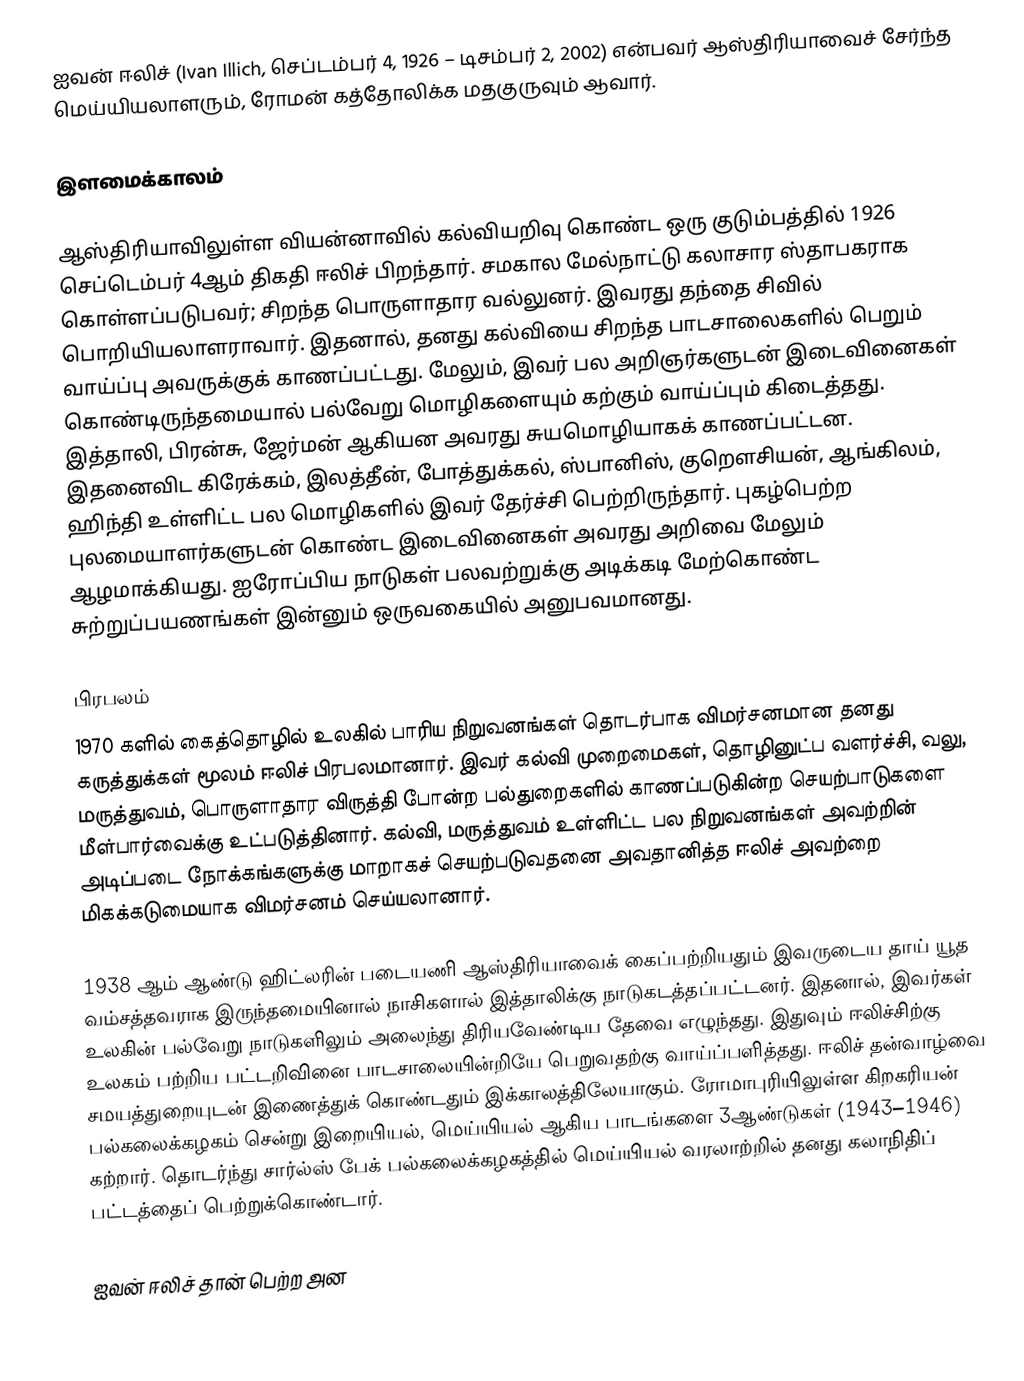
ஐவன் ஈலிச் (Ivan Illich, செப்டம்பர் 4, 1926 – டிசம்பர் 2, 2002) என்பவர் ஆஸ்திரியாவைச் சேர்ந்த மெய்யியலாளரும், ரோமன் கத்தோலிக்க மதகுருவும் ஆவார்.

இளமைக்காலம்

ஆஸ்திரியாவிலுள்ள வியன்னாவில் கல்வியறிவு கொண்ட ஒரு குடும்பத்தில் 1926 செப்டெம்பர் 4ஆம் திகதி ஈலிச் பிறந்தார். சமகால மேல்நாட்டு கலாசார ஸ்தாபகராக கொள்ளப்படுபவர்; சிறந்த பொருளாதார வல்லுனர். இவரது தந்தை சிவில் பொறியியலாளராவார். இதனால், தனது கல்வியை சிறந்த பாடசாலைகளில் பெறும் வாய்ப்பு அவருக்குக் காணப்பட்டது. மேலும், இவர் பல அறிஞர்களுடன் இடைவினைகள் கொண்டிருந்தமையால் பல்வேறு மொழிகளையும் கற்கும் வாய்ப்பும் கிடைத்தது. இத்தாலி, பிரன்சு, ஜேர்மன் ஆகியன அவரது சுயமொழியாகக் காணப்பட்டன. இதனைவிட கிரேக்கம், இலத்தீன், போத்துக்கல், ஸ்பானிஸ், குறௌசியன், ஆங்கிலம், ஹிந்தி உள்ளிட்ட பல மொழிகளில் இவர் தேர்ச்சி பெற்றிருந்தார். புகழ்பெற்ற புலமையாளர்களுடன் கொண்ட இடைவினைகள் அவரது அறிவை மேலும் ஆழமாக்கியது. ஐரோப்பிய நாடுகள் பலவற்றுக்கு அடிக்கடி மேற்கொண்ட சுற்றுப்பயணங்கள் இன்னும் ஒருவகையில் அனுபவமானது.

பிரபலம்
1970 களில் கைத்தொழில் உலகில் பாரிய நிறுவனங்கள் தொடர்பாக விமர்சனமான தனது கருத்துக்கள் மூலம் ஈலிச் பிரபலமானார். இவர் கல்வி முறைமைகள், தொழினுட்ப வளர்ச்சி, வலு, மருத்துவம், பொருளாதார விருத்தி போன்ற பல்துறைகளில் காணப்படுகின்ற செயற்பாடுகளை மீள்பார்வைக்கு உட்படுத்தினார். கல்வி, மருத்துவம் உள்ளிட்ட பல நிறுவனங்கள் அவற்றின் அடிப்படை நோக்கங்களுக்கு மாறாகச் செயற்படுவதனை அவதானித்த ஈலிச் அவற்றை மிகக்கடுமையாக விமர்சனம் செய்யலானார்.

1938 ஆம் ஆண்டு ஹிட்லரின் படையணி ஆஸ்திரியாவைக் கைப்பற்றியதும் இவருடைய தாய் யூத வம்சத்தவராக இருந்தமையினால் நாசிகளால் இத்தாலிக்கு நாடுகடத்தப்பட்டனர். இதனால், இவர்கள் உலகின் பல்வேறு நாடுகளிலும் அலைந்து திரியவேண்டிய தேவை எழுந்தது. இதுவும் ஈலிச்சிற்கு உலகம் பற்றிய பட்டறிவினை பாடசாலையின்றியே பெறுவதற்கு வாய்ப்பளித்தது. ஈலிச் தன்வாழ்வை சமயத்துறையுடன் இணைத்துக் கொண்டதும் இக்காலத்திலேயாகும். ரோமாபுரியிலுள்ள கிறகரியன் பல்கலைக்கழகம் சென்று இறையியல், மெய்யியல் ஆகிய பாடங்களை 3ஆண்டுகள் (1943–1946) கற்றார். தொடர்ந்து சார்ல்ஸ் பேக் பல்கலைக்கழகத்தில் மெய்யியல் வரலாற்றில் தனது கலாநிதிப் பட்டத்தைப் பெற்றுக்கொண்டார்.

ஐவன் ஈலிச் தான் பெற்ற அன